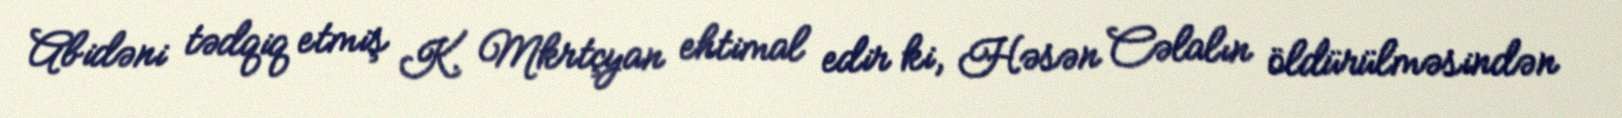
Abidəni tədqiq etmiş K. Mkrtçyan ehtimal edir ki, Həsən Cəlalın öldürülməsindən